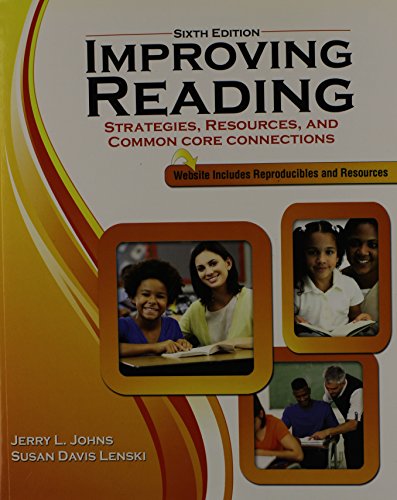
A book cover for Improving Reading: Strategies, Resources and Common Core Connections; JOHNS  JERRY; Education & Teaching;